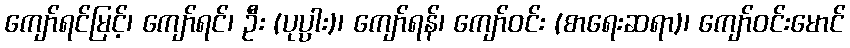
ကျော်ရင်မြင့်၊ ကျော်ရင်၊ ဦး (ပုပ္ပား)၊ ကျော်ရန်၊ ကျော်ဝင်း (စာရေးဆရာ)၊ ကျော်ဝင်းမောင်